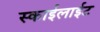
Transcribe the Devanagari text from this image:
स्काईलाईट